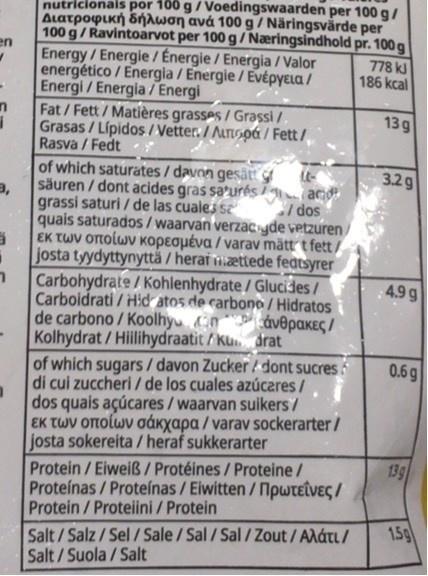
nutricionais por 100 g/ Voedingswaarden per 100 g/ Διατροφυκή δήλωση ανά 100 g / Νaringsvarde per 100 g/Ravintoarvot per 100 g/Næringsindhold pr. 100 g en Energy/Energie / Énergie / Energia / Valor energético / Energia / Energie/EvépyEla / Energi/Energia/ Energi
778 kl 186 kcal
Fat/Fett/Matières grasses / Grassi / Grasas / Lípidos / Vetter. / ALTUsoá / Fett / Rasva / Fedt
13 g
of which saturates/ davon gesätt säuren / dont acides gras sa’urés I aco grassi saturi / de las cuale sz quais saturados/waarvan verzaC yde vetzuren εκ των οποίων κορεσμένα / varaν mattrtfet/
3.2g
I dos
josta tyydyttynyttå / herat ættede featsyrer
Carbohydrate / Kohlenhydrate / Glucides/ Carboidrati / Hd atos de carbono / Hidratos
4.9 g
de carbono / Koolhy (n* áv@pakeç / Kolhydrat / Hiilihydraatit / ku. drat
of which sugars / davon Zucker dont sucres di cui zuccheri/ de los cuales azúcares/
0.6 g
dos quais açúcares /waarvan suikers/
| εκ των οποίων σάκχαρα / varav sockerarter / josta sokereita /heraf sukkerarter
139
Protein/Eiweiß/Protéines/Proteine/ Proteínas / Proteínas / Eiwitten / npwteiveç / Protein/Proteiini / Protein
1.5g
Salt/Salz/Sel / Sale/Sal/Sal / Zout/AXáti/ Salt/Suola/Salt